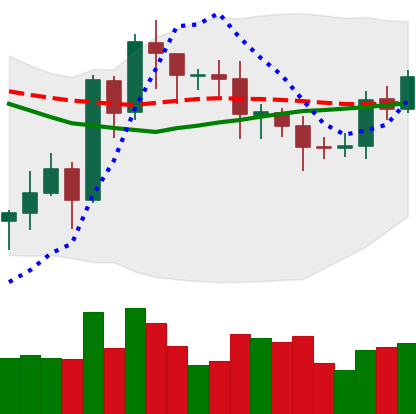
Ticker: EOS-USD
Chart end date: 2020-07-21
Forward return: 3.701%
Label: up_3_5